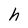
Character: h